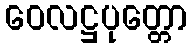
ဝေလဋ္ဌပုတ္တော